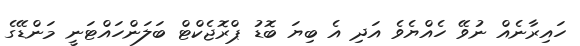
ހައިރާނެއް ނުވޭ ހެއްޔެވެ އަދި އެ ބިޔަ ބޮޑު ޕްރޮޖެކްޓް ބަލަންހައްޓަނީ މަންޑޭގެ